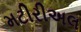
મટીરીઅલ